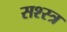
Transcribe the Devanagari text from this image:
सश्स्त्र